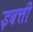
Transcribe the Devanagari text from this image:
इबत्ती